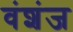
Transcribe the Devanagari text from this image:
वंशंज